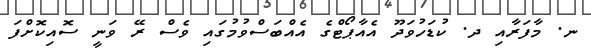
ނ. މާފަރާއި ދ. ކުޑަހުވަދޫ އެއާޕޯޓްގެ އެއްބަސްވުމުގައި ވެސް ރޭ ވަނީ ސޮއިކޮށްފަ